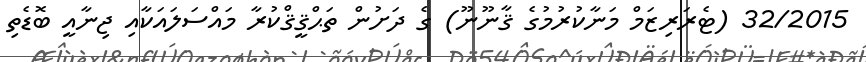
32/2015 (ޓެރަރިޒަމް މަނާކުރުމުގެ ޤާނޫނޫ) ގެ ދަށުން ތަޙްޤީޤްކުރާ މައްސަލައަކާއި ޖިނާއީ ބޮޑެތި